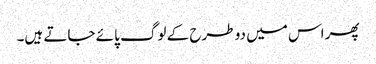
پھر اس میں دو طرح کے لوگ پائے جاتے ہیں۔